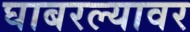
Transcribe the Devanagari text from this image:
घाबरल्यावर